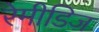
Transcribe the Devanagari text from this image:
रेमीडिज